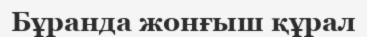
Бұранда жонғыш құрал